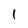
Character: 1